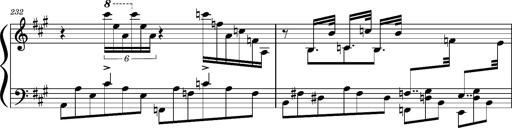
Title: Concerto sans orchestre, S.524a
Composer: Franz Liszt
Key: A major